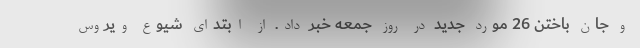
و جان باختن 26 مورد جدید در روز جمعه خبر داد. از ابتدای شیوع ویروس